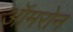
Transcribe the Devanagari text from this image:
ऑमरोन